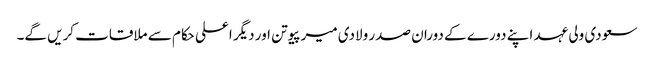
سعودی ولی عہد اپنے دورے کے دوران صدر ولادی میر پیوتن اور دیگر اعلی حکام سے ملاقات کریں گے۔